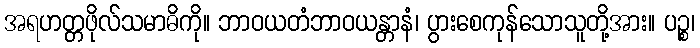
အရဟတ္တဖိုလ်သမာဓိကို။ ဘာဝယတံဘာဝယန္တာနံ၊ ပွားစေကုန်သောသူတို့အား။ ပဉ္စ၊